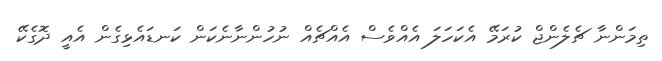
ތިމަންނާ ޗެލެންޖް ކުރަމޭ އެކަހަލަ އެއްވެސް އެއްޗެއް ނުހުންނާނެކަން ކަނޑައެޅިގެން އެއީ ދޮގެކޭ